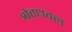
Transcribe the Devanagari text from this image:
श्वेतधवल